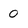
Character: 0